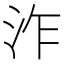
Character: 泎